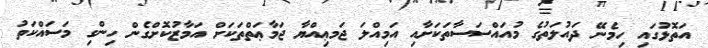
އަތޮޅުގައި ހިމެނޭ ދައުލަތުގެ މުއައްސަސާތަކަށާއި އަމިއްލަ ޖަމޢިއްޔާ ޖަމާޢަތްތަކަށް އަމާޒުކޮށްގެން ހިންގި މަސައްކަތު